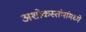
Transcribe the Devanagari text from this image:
अशोकस्तंभांमध्ये